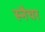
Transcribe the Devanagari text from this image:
स्नैचर